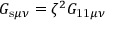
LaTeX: G _ { \mathrm { s } \mu \nu } = \zeta ^ { 2 } G _ { \mathrm { 1 1 } \mu \nu }